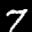
Label: 7